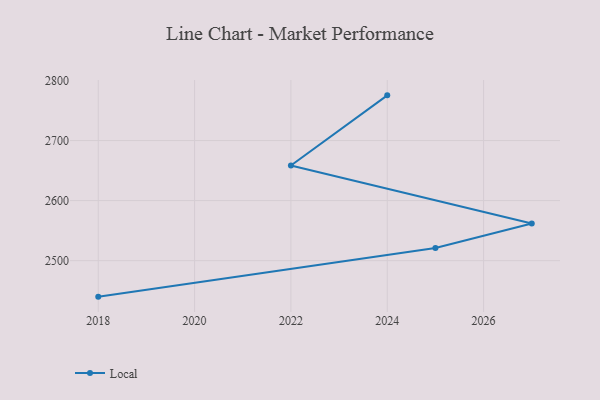
{"axis": {"x": "Year", "y": "Demand Index"}, "legend": ["Local"], "data": [{"x": "2024", "y": 2775.3, "type": "Local"}, {"x": "2022", "y": 2658.4, "type": "Local"}, {"x": "2027", "y": 2561.9, "type": "Local"}, {"x": "2025", "y": 2521.1, "type": "Local"}, {"x": "2018", "y": 2440.1, "type": "Local"}]}